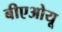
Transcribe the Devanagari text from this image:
बीएओयू